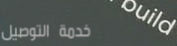
خدمة التوصيل